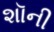
શૉની